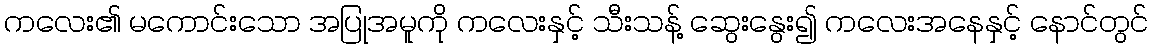
ကလေး၏ မကောင်းသော အပြုအမူကို ကလေးနှင့် သီးသန့် ဆွေးနွေး၍ ကလေးအနေနှင့် နောင်တွင်